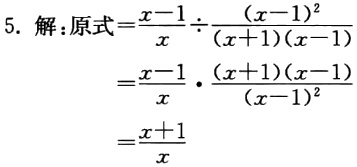
\[
\begin{align*}
&解：原式=\frac{x - 1}{x}\div\frac{(x - 1)^2}{(x + 1)(x - 1)}\\
&=\frac{x - 1}{x}\cdot\frac{(x + 1)(x - 1)}{(x - 1)^2}\\
&=\frac{x + 1}{x}
\end{align*}
\]